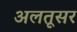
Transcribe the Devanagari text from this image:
अलतूसर